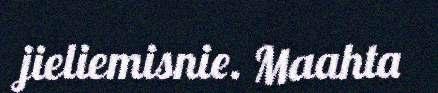
jieliemisnie. Maahta